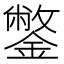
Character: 鐅